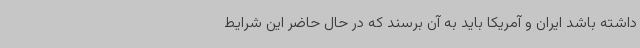
داشته باشد ایران و آمریکا باید به آن برسند که در حال حاضر این شرایط